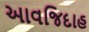
આવજિદાહ